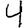
Digit: 4